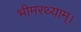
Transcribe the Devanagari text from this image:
भीमरथ्याम्।